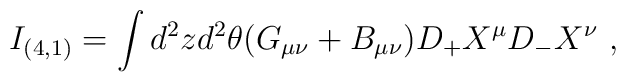
I_{(4,1)} = \int d^2 z d^2 \theta  (G_{\mu\nu} + B_{\mu\nu}) D_+X^\mu D_-X^\nu\  ,